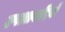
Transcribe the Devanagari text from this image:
उपआबादियों